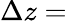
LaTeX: \Delta z=